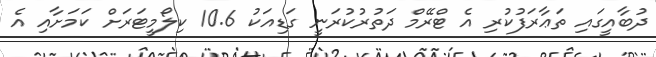
ދުބާއީގައި ތަޢާރަފުކުރި އެ ޓްރޭމް ދަތުރުކުރަނީ ގަޑިއަކު 10.6 ކިލޯމީޓަރަށް ކަމަށާއި އެ